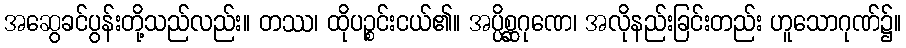
အဆွေခင်ပွန်းတို့သည်လည်း။ တဿ၊ ထိုပဉ္စင်းငယ်၏။ အပ္ပိစ္ဆဂုဏေ၊ အလိုနည်းခြင်းတည်း ဟူသောဂုဏ်၌။